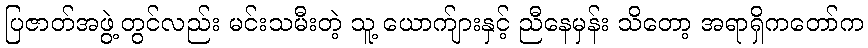
ပြဇာတ်အဖွဲ့တွင်လည်း မင်းသမီးတဲ့ သူ့ ယောက်ျားနှင့် ညီနေမှန်း သိတော့ အရာရှိကတော်က